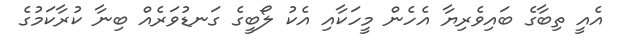
އެއީ ތިބާގެ ބައިވެރިޔާ އެހެން މީހަކާއި އެކު ލޯބީގެ ގަނޑުވަރެއް ބިނާ ކުރާކަމުގެ